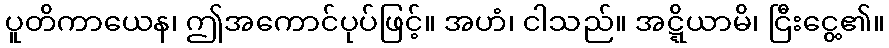
ပူတိကာယေန၊ ဤအကောင်ပုပ်ဖြင့်။ အဟံ၊ ငါသည်။ အဋ္ဋိယာမိ၊ ငြီးငွေ့၏။